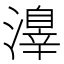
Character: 𣿒